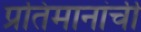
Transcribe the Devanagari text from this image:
प्रतिमानांची